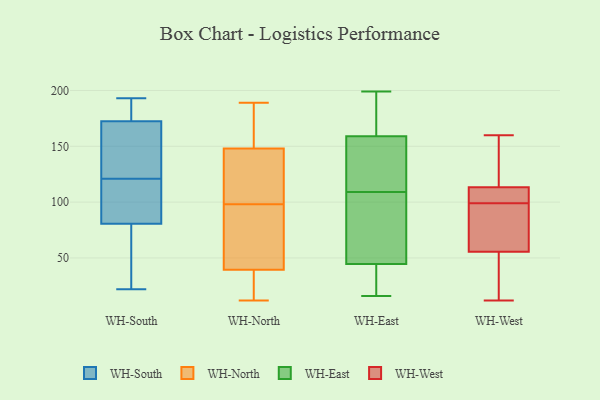
{"axis": {"x": "Temperature (°C)", "y": "Value"}, "legend": ["WH-East", "WH-North", "WH-South", "WH-West"], "data": [{"x": "", "y": 95, "type": "WH-South"}, {"x": "", "y": 187, "type": "WH-South"}, {"x": "", "y": 193, "type": "WH-South"}, {"x": "", "y": 88, "type": "WH-South"}, {"x": "", "y": 128, "type": "WH-South"}, {"x": "", "y": 176, "type": "WH-South"}, {"x": "", "y": 162, "type": "WH-South"}, {"x": "", "y": 187, "type": "WH-South"}, {"x": "", "y": 138, "type": "WH-South"}, {"x": "", "y": 193, "type": "WH-South"}, {"x": "", "y": 147, "type": "WH-South"}, {"x": "", "y": 86, "type": "WH-South"}, {"x": "", "y": 74, "type": "WH-South"}, {"x": "", "y": 22, "type": "WH-South"}, {"x": "", "y": 71, "type": "WH-South"}, {"x": "", "y": 121, "type": "WH-South"}, {"x": "", "y": 56, "type": "WH-South"}, {"x": "", "y": 79, "type": "WH-South"}, {"x": "", "y": 112, "type": "WH-South"}, {"x": "", "y": 189, "type": "WH-North"}, {"x": "", "y": 98, "type": "WH-North"}, {"x": "", "y": 35, "type": "WH-North"}, {"x": "", "y": 163, "type": "WH-North"}, {"x": "", "y": 70, "type": "WH-North"}, {"x": "", "y": 143, "type": "WH-North"}, {"x": "", "y": 17, "type": "WH-North"}, {"x": "", "y": 41, "type": "WH-North"}, {"x": "", "y": 12, "type": "WH-North"}, {"x": "", "y": 108, "type": "WH-North"}, {"x": "", "y": 95, "type": "WH-North"}, {"x": "", "y": 135, "type": "WH-North"}, {"x": "", "y": 171, "type": "WH-North"}, {"x": "", "y": 107, "type": "WH-East"}, {"x": "", "y": 171, "type": "WH-East"}, {"x": "", "y": 21, "type": "WH-East"}, {"x": "", "y": 133, "type": "WH-East"}, {"x": "", "y": 41, "type": "WH-East"}, {"x": "", "y": 152, "type": "WH-East"}, {"x": "", "y": 110, "type": "WH-East"}, {"x": "", "y": 83, "type": "WH-East"}, {"x": "", "y": 192, "type": "WH-East"}, {"x": "", "y": 131, "type": "WH-East"}, {"x": "", "y": 30, "type": "WH-East"}, {"x": "", "y": 48, "type": "WH-East"}, {"x": "", "y": 69, "type": "WH-East"}, {"x": "", "y": 39, "type": "WH-East"}, {"x": "", "y": 176, "type": "WH-East"}, {"x": "", "y": 166, "type": "WH-East"}, {"x": "", "y": 108, "type": "WH-East"}, {"x": "", "y": 16, "type": "WH-East"}, {"x": "", "y": 126, "type": "WH-East"}, {"x": "", "y": 199, "type": "WH-East"}, {"x": "", "y": 99, "type": "WH-West"}, {"x": "", "y": 139, "type": "WH-West"}, {"x": "", "y": 65, "type": "WH-West"}, {"x": "", "y": 110, "type": "WH-West"}, {"x": "", "y": 46, "type": "WH-West"}, {"x": "", "y": 90, "type": "WH-West"}, {"x": "", "y": 104, "type": "WH-West"}, {"x": "", "y": 12, "type": "WH-West"}, {"x": "", "y": 58, "type": "WH-West"}, {"x": "", "y": 101, "type": "WH-West"}, {"x": "", "y": 48, "type": "WH-West"}, {"x": "", "y": 148, "type": "WH-West"}, {"x": "", "y": 67, "type": "WH-West"}, {"x": "", "y": 160, "type": "WH-West"}, {"x": "", "y": 99, "type": "WH-West"}, {"x": "", "y": 123, "type": "WH-West"}, {"x": "", "y": 13, "type": "WH-West"}]}